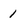
Character: 1